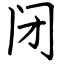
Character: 闭